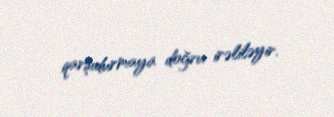
qarşıdurmaya doğru irəliləyir.